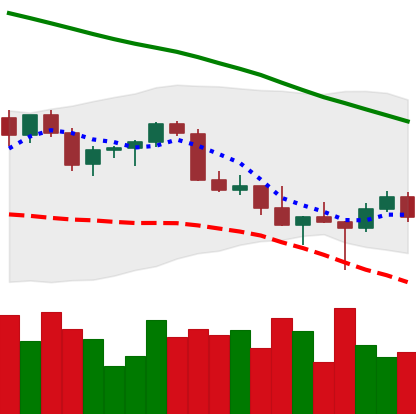
Ticker: XMR-USD
Chart end date: 2022-02-27
Forward return: 5.961%
Label: up_5_7